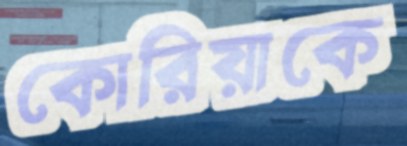
কোরিয়াকে